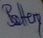
Text: Battery